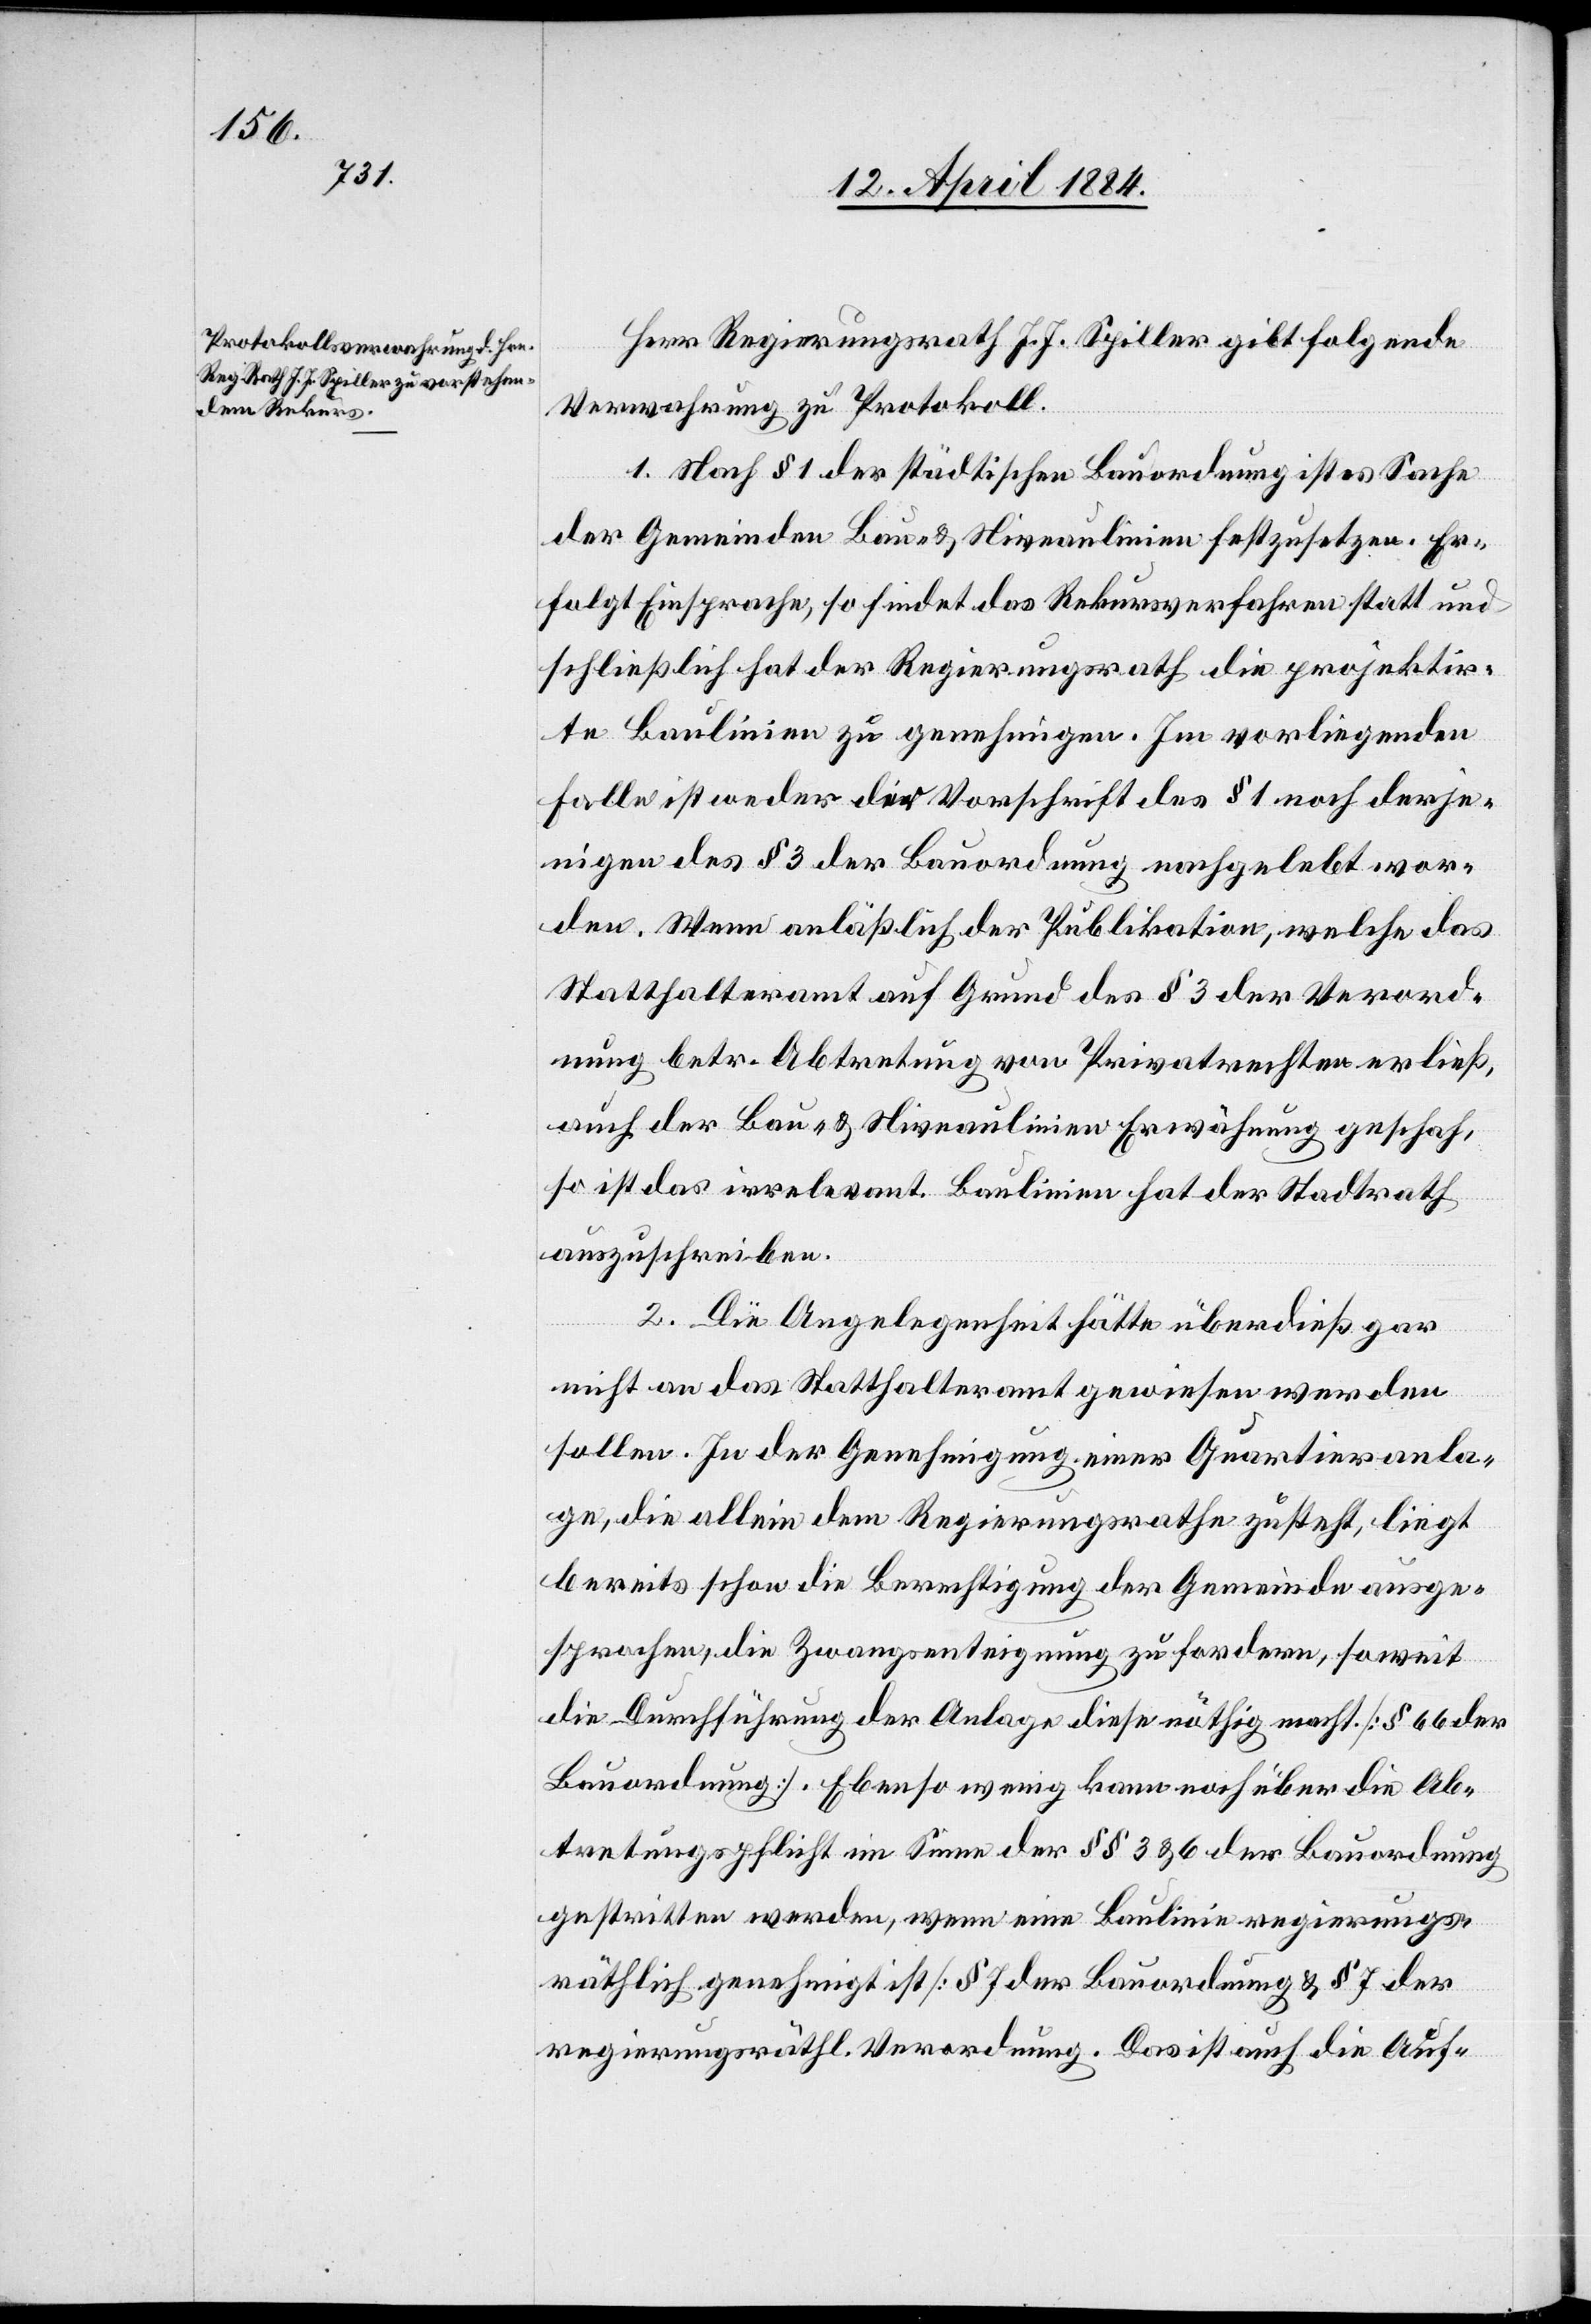
Herr Regierungsrath J. J. Spiller gibt folgende
Verwahrung zu Protokoll.
1. Nach § 1 der städtischen Bauordnung ist es Sache
der Gemeinde Bau- & Niveaulinien festzusetzen. Er¬
folgt Einsprache, so findet das Rekursverfahren statt und
schließlich hat der Regierungsrath die projektir¬
te Baulinie zu genehmigen. Im vorliegenden
Falle ist weder die Vorschrift des § 1 noch derje¬
nigen des § 3 der Bauordnung nachgelebt wor¬
den. Wenn anläßlich der Publikation, welche das
Statthalteramt auf Grund des § 3 der Verord¬
nung betr. Abtretung von Privatrechten erließ,
auch der Bau- & Niveaulinien Erwähnung geschah,
so ist das irrelevant. Baulinien hat der Stadtrath
auszuschreiben.
ordnung].
2. Die Angelegenheit hätte überdieß gar
nicht an das Statthalteramt gewiesen werden
sollen. In der Genehmigung einer Quartieranla¬
ge, die allein dem Regierungsrathe zusteht, liegt
bereits schon die Berechtigung der Gemeinde ausge¬
sprochen, die Zwangsenteignung zu fordern, soweit
die Durchführung der Anlage diese nöthig macht. [§ 66 der
Bauordnung]. Ebenso wenig kann noch über die Ab¬
tretungspflicht im Sinne der §§ 3 & 6 der Bauordnung
gestritten werden, wenn eine Baulinie regierungs¬
räthlich genehmigt ist [§ 7 der regierungsräthl. Ver¬